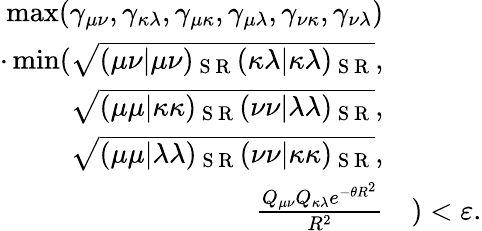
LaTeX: \begin{array}{rl}{\operatorname*{max}(\gamma_{\mu\nu},\gamma_{\kappa\lambda},\gamma_{\mu\kappa},\gamma_{\mu\lambda},\gamma_{\nu\kappa},\gamma_{\nu\lambda})}&{{}}\\ {\cdot\operatorname*{min}(\sqrt{(\mu\nu|\mu\nu)_{\mathrm{~S~R~}}(\kappa\lambda|\kappa\lambda)_{\mathrm{~S~R~}}},}&{{}}\\ {\sqrt{(\mu\mu|\kappa\kappa)_{\mathrm{~S~R~}}(\nu\nu|\lambda\lambda)_{\mathrm{~S~R~}}},}&{{}}\\ {\sqrt{(\mu\mu|\lambda\lambda)_{\mathrm{~S~R~}}(\nu\nu|\kappa\kappa)_{\mathrm{~S~R~}}},}&{{}}\\ {\frac{Q_{\mu\nu}Q_{\kappa\lambda}e^{-\theta R^{2}}}{R^{2}}}&{{})<\varepsilon.}\end{array}